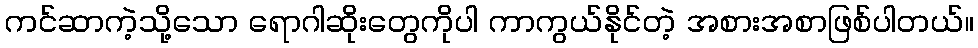
ကင်ဆာကဲ့သို့သော ရောဂါဆိုးတွေကိုပါ ကာကွယ်နိုင်တဲ့ အစားအစာဖြစ်ပါတယ်။